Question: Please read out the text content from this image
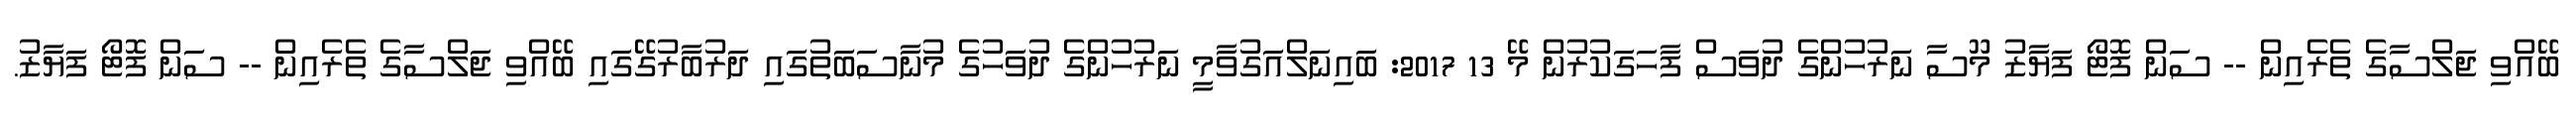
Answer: ބޭއްވި ޖަލްސާގެ ތެރެއިން -- ސަން ފޮޓޯ ފަޔާޒު މޫސާ ނަރުހުންގެ ދުވަސް ފާހަގަކުރުން މޭ 13 2017: ބައިނަލްއަގުވާމީ ނަރުހުންގެ ދުވަހުގެ މުނާސަބަތުގައި ދަރުބާރުގޭގައި ބޭއްވި ޖަލްސާގެ ތެރެއިން -- ސަން ފޮޓޯ ފަޔާޒު.